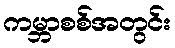
ကမ္ဘာစစ်အတွင်း